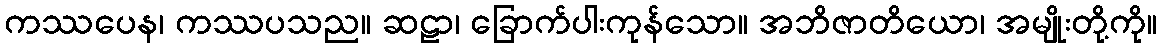
ကဿပေန၊ ကဿပသည။ ဆဠာ၊ ခြောက်ပါးကုန်သော။ အဘိဇာတိယော၊ အမျိုးတို့ကို။